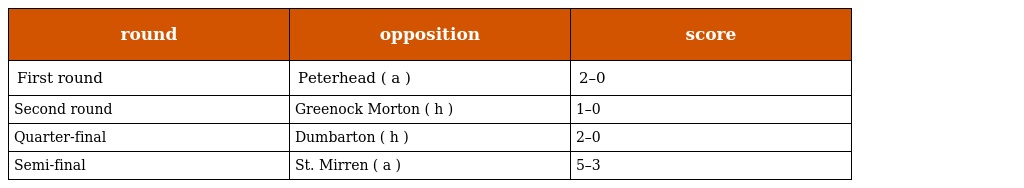
| round | opposition | score |
 | --- | --- | --- |
 | First round | Peterhead ( a ) | 2–0 |
 | Second round | Greenock Morton ( h ) | 1–0 |
 | Quarter-final | Dumbarton ( h ) | 2–0 |
 | Semi-final | St. Mirren ( a ) | 5–3 |